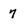
Character: 7